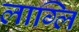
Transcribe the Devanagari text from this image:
लाग्लि